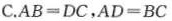
C.$$A B = D C $$.$$A D = B C $$